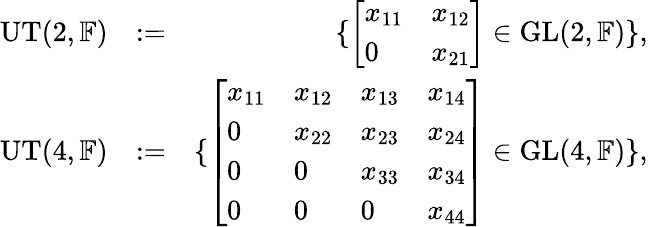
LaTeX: \begin{array}{rlr}{\mathrm{UT}(2,{\mathbb F})}&{:=}&{\{ \left[\begin{array}{ll}{x_{11}}&{x_{12}}\\ {0}&{x_{21}}\end{array}\right]\in\mathrm{GL}(2,{\mathbb F})\} ,}\\ {\mathrm{UT}(4,{\mathbb F})}&{:=}&{\{ \left[\begin{array}{llll}{x_{11}}&{x_{12}}&{x_{13}}&{x_{14}}\\ {0}&{x_{22}}&{x_{23}}&{x_{24}}\\ {0}&{0}&{x_{33}}&{x_{34}}\\ {0}&{0}&{0}&{x_{44}}\end{array}\right]\in\mathrm{GL}(4,{\mathbb F})\} ,}\end{array}